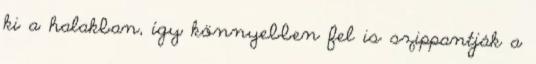
ki a halakban, így könnyebben fel is szippantják a